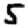
Digit: 5